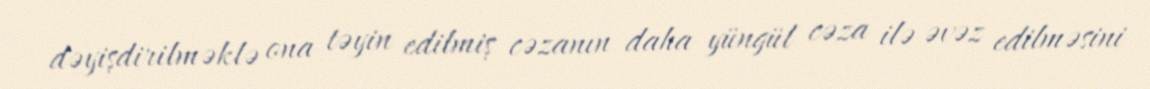
dəyişdirilməklə ona təyin edilmiş cəzanın daha yüngül cəza ilə əvəz edilməsini